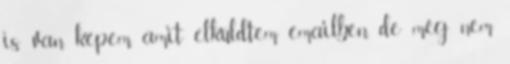
is van képem, amit elküldtem emailben, de még nem